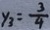
y _ { 3 } = \frac { 3 } { 4 }